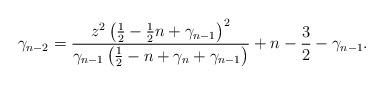
LaTeX: \begin{align*}\gamma_{n-2}=\frac{z^{2}\left( \frac{1}{2}-\frac{1}{2}n+\gamma_{n-1}\right)^{2}}{\gamma_{n-1}\left( \frac{1}{2}-n+\gamma_{n}+\gamma_{n-1}\right)}+n-\frac{3}{2}-\gamma_{n-1}. \end{align*}